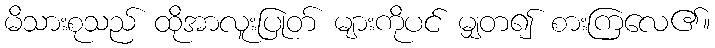
မိသားစုသည် ထိုအာလူးပြုတ် များကိုပင် မျှတ၍ စားကြလေ၏။